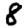
Digit: 8